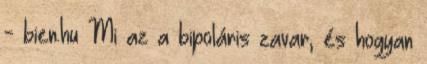
- bien.hu Mi az a bipoláris zavar, és hogyan